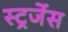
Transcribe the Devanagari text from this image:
स्ट्रर्जेस